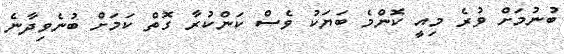
ބުނުމަށް ވުރެ މިއީ ކޮންމެ ބަޔަކު ވެސް ކަންކުރާ ގޮތް ކަމަށް ބުނެވިދާނެ